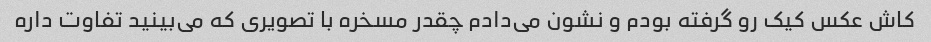
کاش عکس کیک رو گرفته بودم و نشون می‌دادم چقدر مسخره با تصویری که می‌بینید تفاوت داره